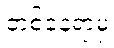
တစ်နေရာမှ